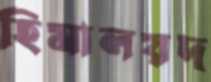
হিমালয়দ